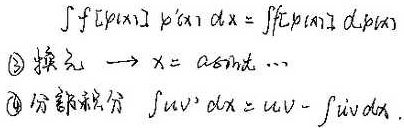
\(\int f[\varphi(x)]\varphi^{\prime}(x)dx=\int f[\varphi(x)]d\varphi(x)\)。换元：\(x = a\sin t\cdots\)。分部积分：\(\int uv^{\prime}dx = uv-\int u^{\prime}vdx\)